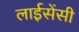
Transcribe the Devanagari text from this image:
लाईसेंसी